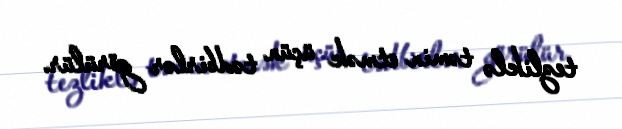
tezliklə təmin etmək üçün tədbirlər görülür.